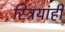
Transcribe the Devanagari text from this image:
स्त्रियांही